Vabadussoja_Ajaloo_Komitee, lk 56
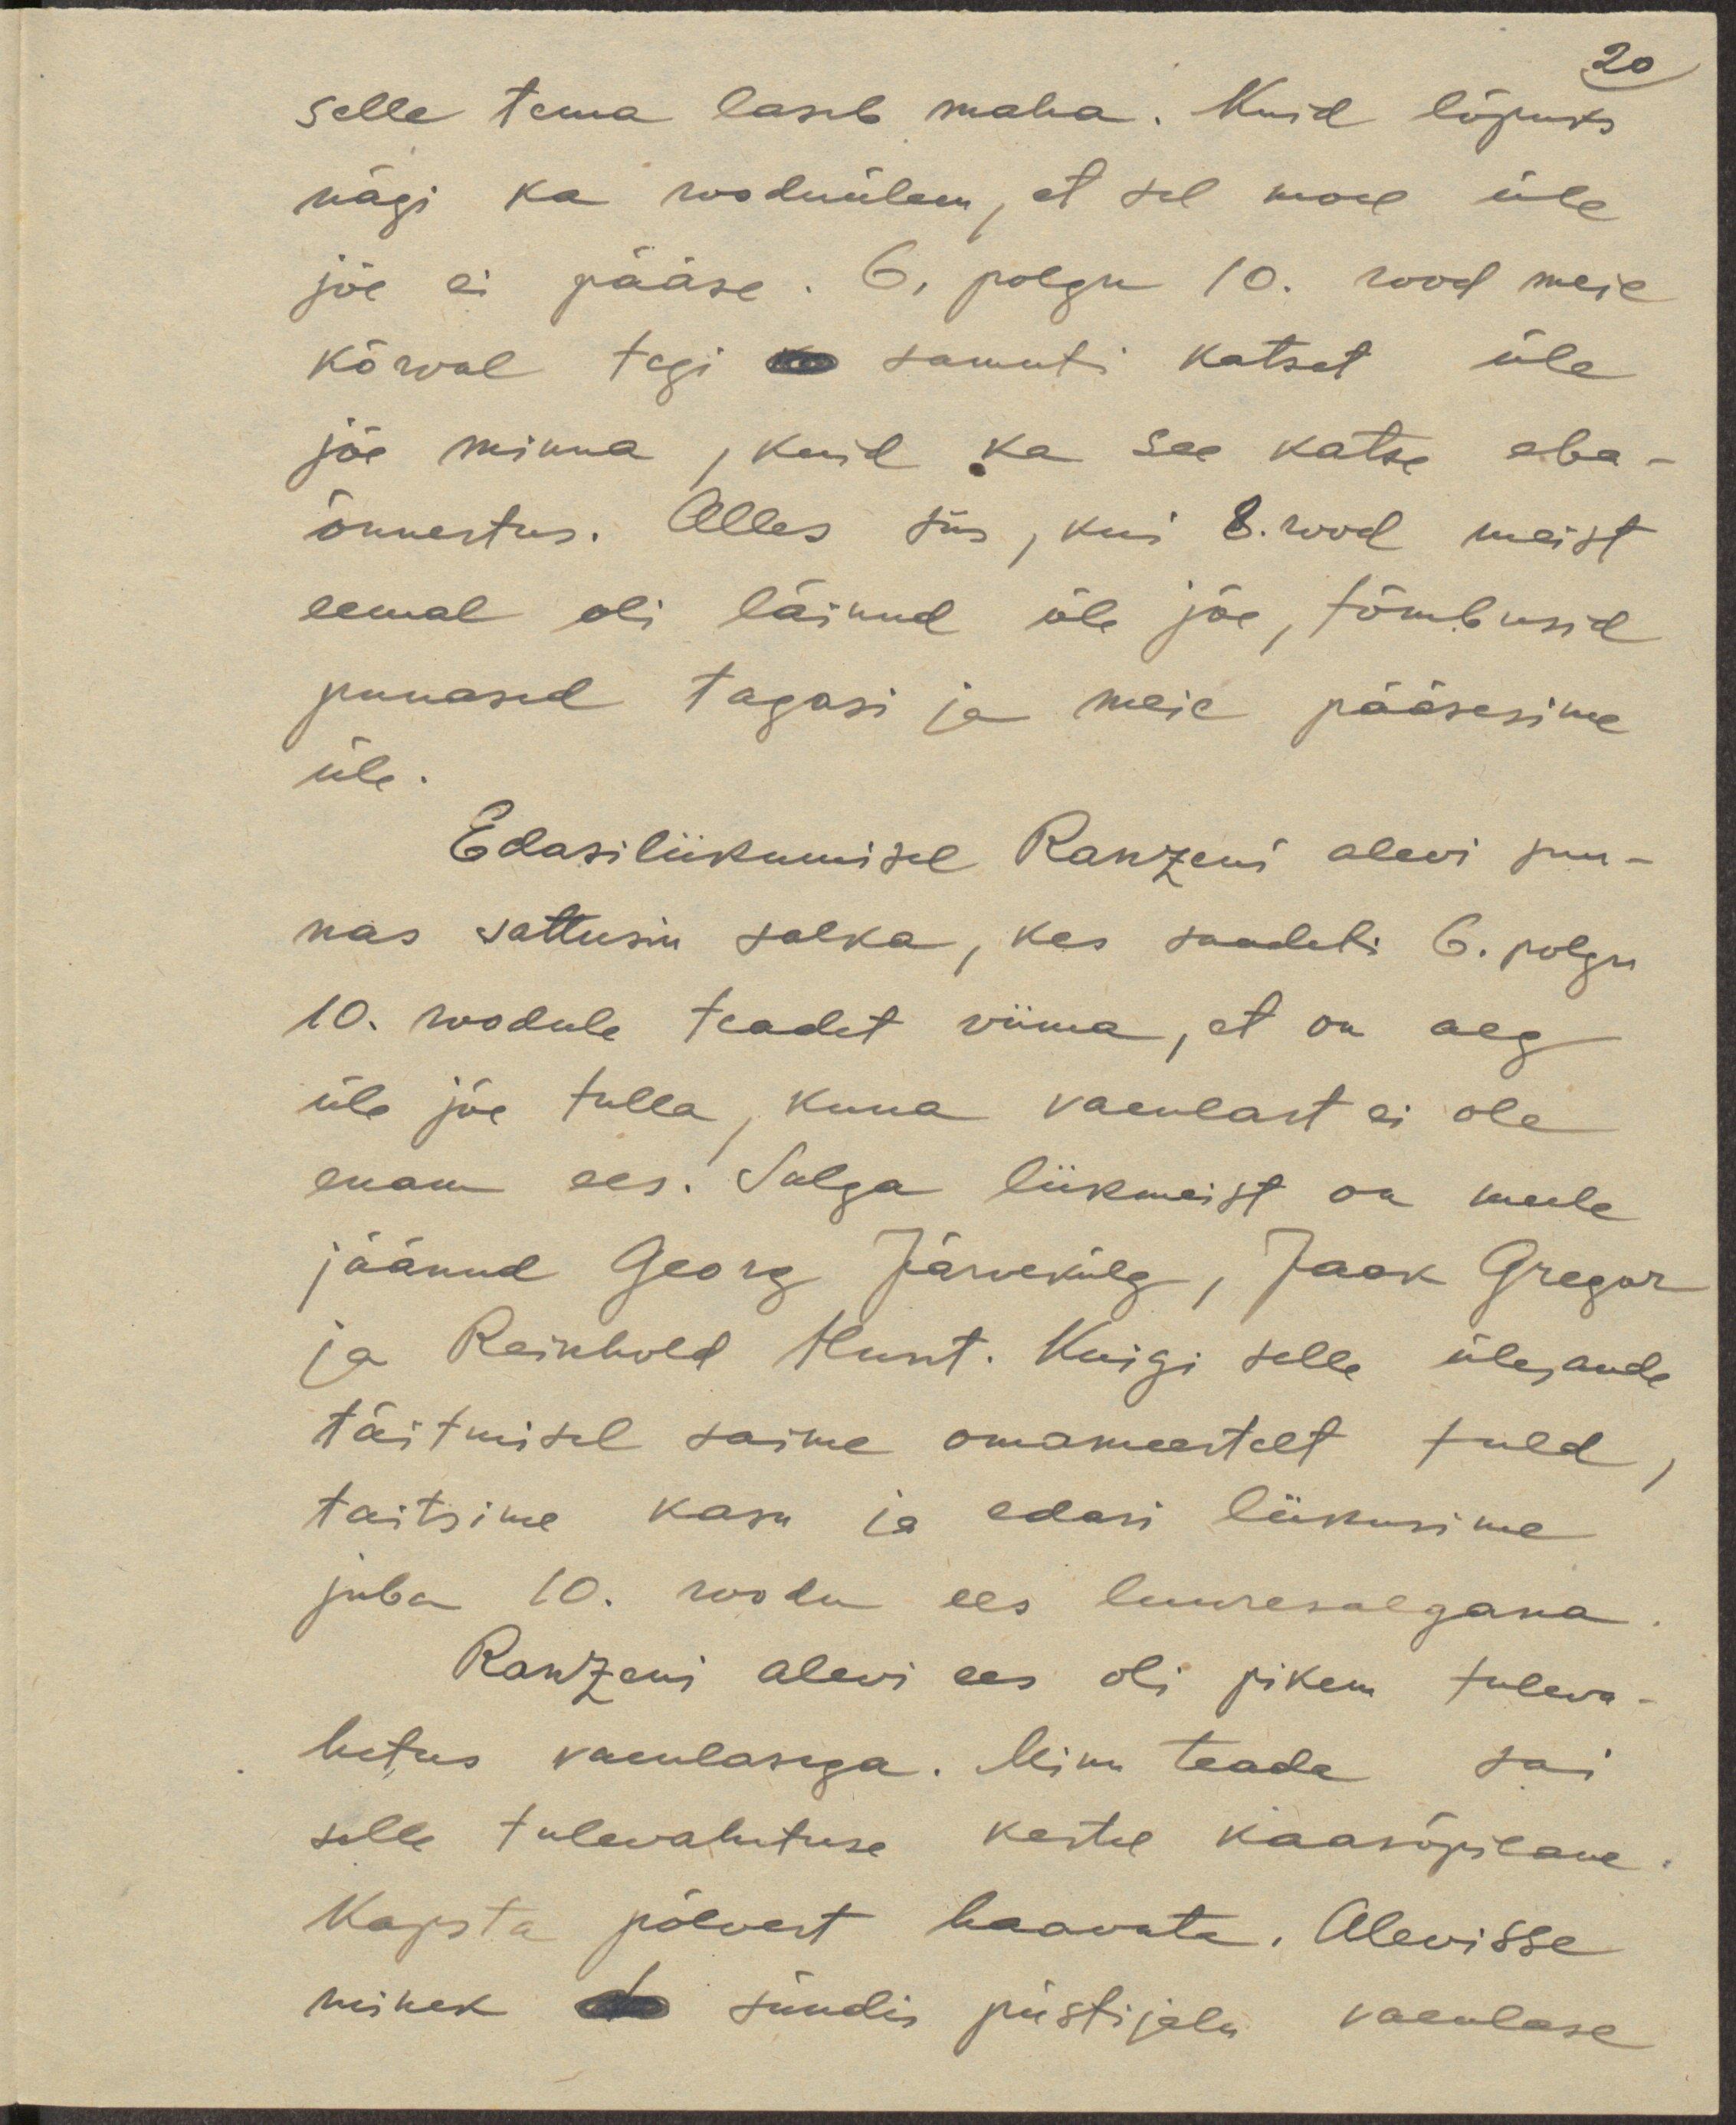
20
selle tema laseb maha. Kuid lõpuks
nägi ka rooduülem, et sel moel üle
jõe ei pääse. 6. polgu 10. rood meie
kõrval tegi samuti katset üle
jõe minna, kuid ka see katse eba-
õnnestus. Alles siis, kui 8. rood meist
eemal oli läinud üle jõe, tõmbusid
punased tagasi ja meie pääsesime
üle.
Edasiliikumisel Ranzevi alevi suu-
nas sattusin salka, kes saadeti 6. polgu
10. roodule teadet viima, et on aeg
üle jõe tulla, kuna vaenlast ei ole
enam ees. Salga liikmeist on meele
jäänud Georg Järvekülg, Jaak Gregor
ja Reinhold Hunt. Kuigi selle ülesande
täitmisel saime omameestelt tuld,
taitsime kasu ja edasi liikusime
juba 10. roodu ees luuresalgana.
Ranzeni alevi ees oli pikem tuleva-
hetus vaenlasega. Minu teada sai
selle tulevahetuse kestel kaasõpilane
Kapsta põlvest haavata. Alevisse
minek sündis püstijalu vaenlase